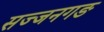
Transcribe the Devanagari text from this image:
सज्जनगङ